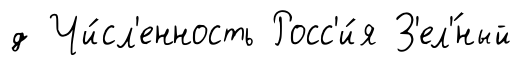
д Чи́сл'енность Росс'и́я З'ел'́ный